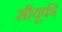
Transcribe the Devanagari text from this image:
सीयूकी